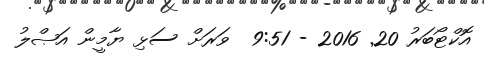
އޮކްޓޯބަރު 20